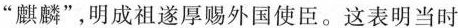
”麒麟”，明成祖遂厚赐外国使臣。这表明当时